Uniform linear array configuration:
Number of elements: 64
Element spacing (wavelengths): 0.75
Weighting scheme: exponential
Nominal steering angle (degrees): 60
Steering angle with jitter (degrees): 59.256
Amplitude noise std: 0.05
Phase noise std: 0.05

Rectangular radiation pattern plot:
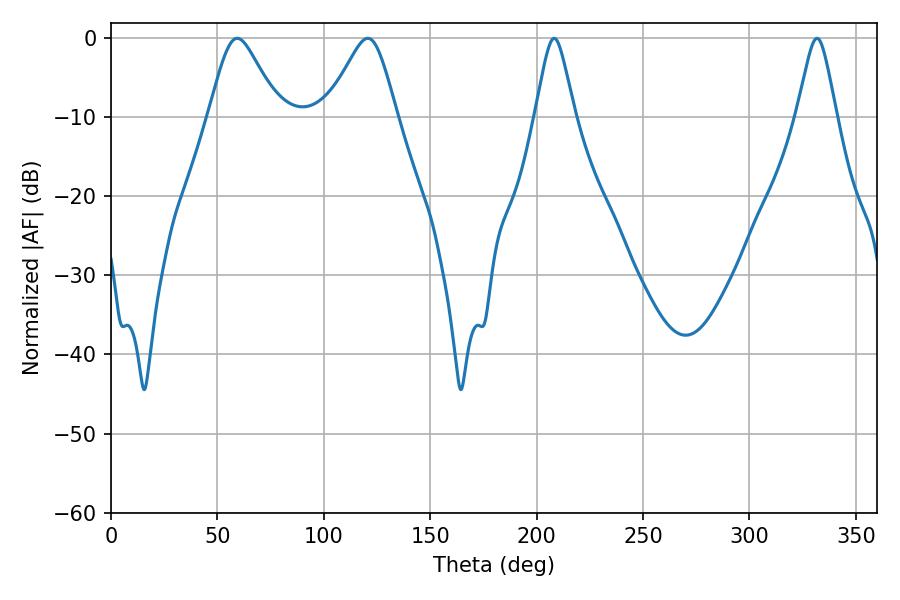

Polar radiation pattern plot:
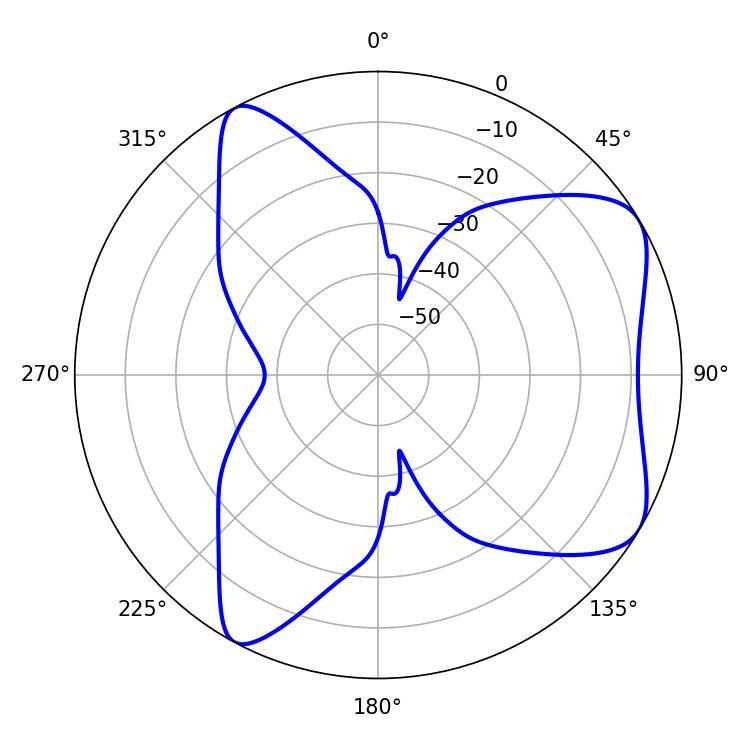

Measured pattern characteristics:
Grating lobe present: TRUE
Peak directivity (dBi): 6.662
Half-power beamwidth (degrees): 8.82
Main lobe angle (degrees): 208.26